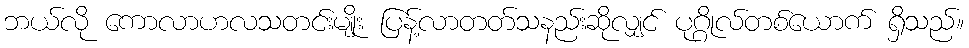
ဘယ်လို ကောလာဟလသတင်းမျိုး ပြန့်လာတတ်သနည်းဆိုလျှင် ပုဂ္ဂိုလ်တစ်ယောက် ရှိသည်။